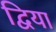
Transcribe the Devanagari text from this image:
द्विया